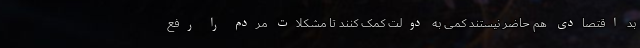
بد اقتصادی هم حاضر نیستند کمی به دولت کمک کنند تا مشکلات مردم را رفع